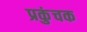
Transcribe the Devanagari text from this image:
प्रकुंचक